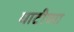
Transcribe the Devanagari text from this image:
घाटीच्या